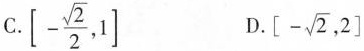
C.\left[-\frac{\sqrt{2}}{2}，1\right] D.\left[- \sqrt{2},2\right]